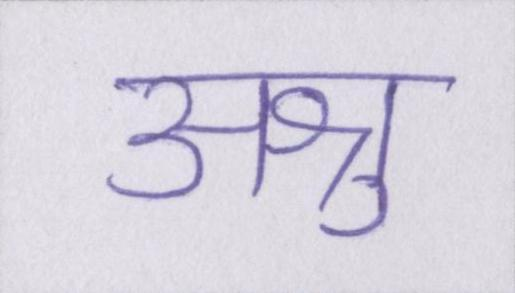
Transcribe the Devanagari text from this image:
अश्रु